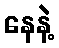
နေနဲ့